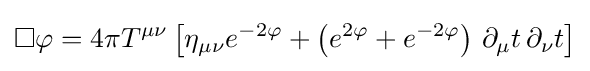
\Box \varphi =4\pi T^{\mu \nu }\left[\eta _{\mu \nu }e^{-2\varphi }+\left(e^{2\varphi }+e^{-2\varphi }\right)\,\partial _{\mu }t\,\partial _{\nu }t\right]